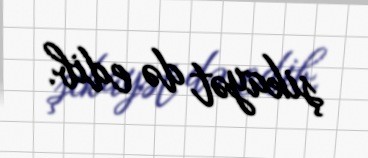
şikayət də edib.